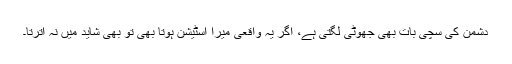
دشمن کی سچی بات بھی جھوٹی لگتی ہے، اگر یہ واقعی میرا اسٹیشن ہوتا بھی تو بھی شاید میں نہ اترتا۔